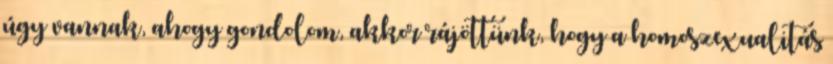
úgy vannak, ahogy gondolom, akkor rájöttünk, hogy a homoszexualitás